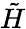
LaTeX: \tilde{H}